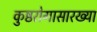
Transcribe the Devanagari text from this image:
कुष्ठरोगासारख्या